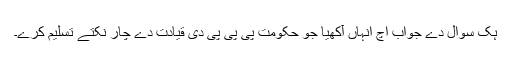
ہک سوال دے جواب اچ انہاں آکھیا جو حکومت پی پی پی دی قیادت دے چار نکتے تسلیم کرے۔